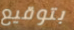
بتوقيع